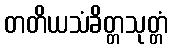
တတိယသံခိတ္တသုတ္တံ